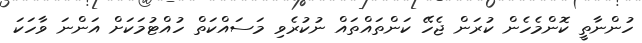
ހުންނާތީ ކޮންމެހެން ކުރަން ޖެހޭ ކަންތައްތައް ނުކުރެވި މަސައްކަތް ހުއްޓުމަކަށް އަންނަ ވާހަކަ